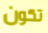
تكون